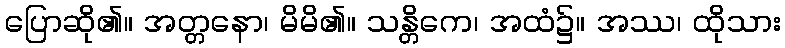
ပြောဆို၏။ အတ္တနော၊ မိမိ၏။ သန္တိကေ၊ အထံ၌။ အဿ၊ ထိုသား